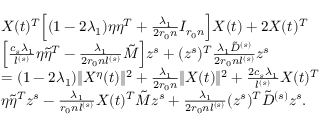
\begin{array} { r l } & { X ( t ) ^ { T } \Big [ ( 1 - 2 \lambda _ { 1 } ) \eta \eta ^ { T } + \frac { \lambda _ { 1 } } { 2 r _ { 0 } n } I _ { r _ { 0 } n } \Big ] X ( t ) + 2 X ( t ) ^ { T } } \\ & { \Big [ \frac { c _ { s } \lambda _ { 1 } } { l ^ { ( s ) } } \eta \tilde { \eta } ^ { T } - \frac { \lambda _ { 1 } } { 2 r _ { 0 } n l ^ { ( s ) } } \tilde { M } \Big ] z ^ { s } + ( z ^ { s } ) ^ { T } \frac { \lambda _ { 1 } \tilde { D } ^ { ( s ) } } { 2 r _ { 0 } n l ^ { ( s ) } } z ^ { s } } \\ & { = ( 1 - 2 \lambda _ { 1 } ) \| X ^ { \eta } ( t ) \| ^ { 2 } + \frac { \lambda _ { 1 } } { 2 r _ { 0 } n } \| X ( t ) \| ^ { 2 } + \frac { 2 c _ { s } \lambda _ { 1 } } { l ^ { ( s ) } } X ( t ) ^ { T } } \\ & { \eta \tilde { \eta } ^ { T } z ^ { s } - \frac { \lambda _ { 1 } } { r _ { 0 } n l ^ { ( s ) } } X ( t ) ^ { T } \tilde { M } z ^ { s } + \frac { \lambda _ { 1 } } { 2 r _ { 0 } n l ^ { ( s ) } } ( z ^ { s } ) ^ { T } \tilde { D } ^ { ( s ) } z ^ { s } . } \end{array}